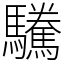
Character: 驣